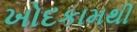
ખોદકામથી